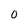
Character: 0